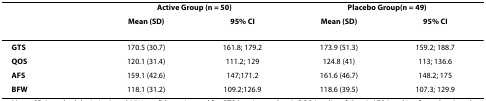
|  | <COLSPAN=2> Active Group (n = 50) | <COLSPAN=2> Placebo Group(n = 49) |
 |  | Mean (SD) | 95% CI | Mean (SD) | 95% CI |
 | --- | --- | --- | --- | --- |
 | GTS | 170.5 (30.7) | 161.8; 179.2 | 173.9 (51.3) | 159.2; 188.7 |
 | QOS | 120.1 (31.4) | 111.2; 129 | 124.8 (41) | 113; 136.6 |
 | AFS | 159.1 (42.6) | 147;171.2 | 161.6 (46.7) | 148.2; 175 |
 | BFW | 118.1 (31.2) | 109.2;126.9 | 118.6 (39.5) | 107.3; 129.9 |